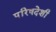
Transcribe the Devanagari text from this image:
परिषदेशी